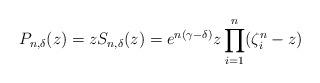
LaTeX: \begin{align*} P_{n,\delta}(z) = z S_{n,\delta}(z) = e^{n(\gamma - \delta)} z \prod_{i=1}^n (\zeta_i^n - z)\end{align*}